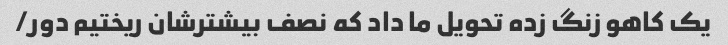
یک کاهو زنگ زده تحویل ما داد که نصف بیشترشان ریختیم دور/